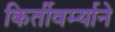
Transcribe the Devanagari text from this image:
किर्तीवर्म्याने